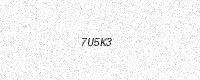
Text: 7U5K3